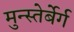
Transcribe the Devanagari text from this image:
मुन्स्तेर्बेर्ग